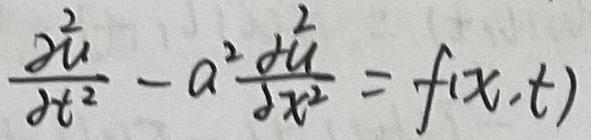
\frac{\partial^{2} u}{\partial t^{2}}-a^{2} \frac{\partial^{2} u}{\partial x^{2}}=f(x,t)